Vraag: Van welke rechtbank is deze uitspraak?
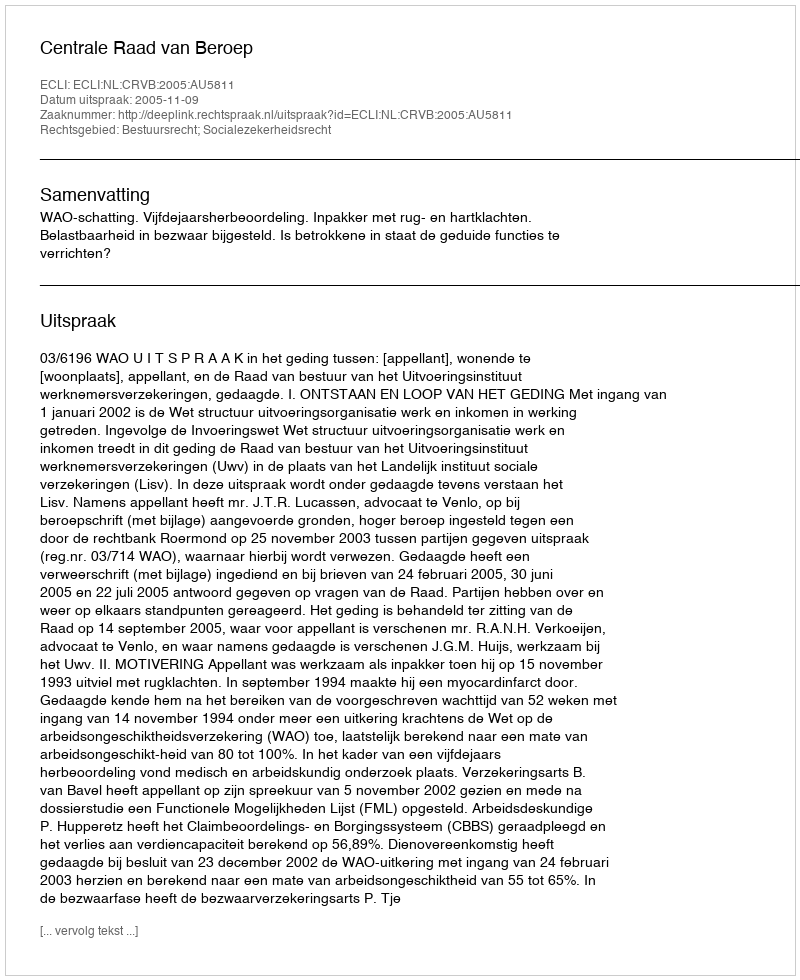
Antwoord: Centrale Raad van Beroep